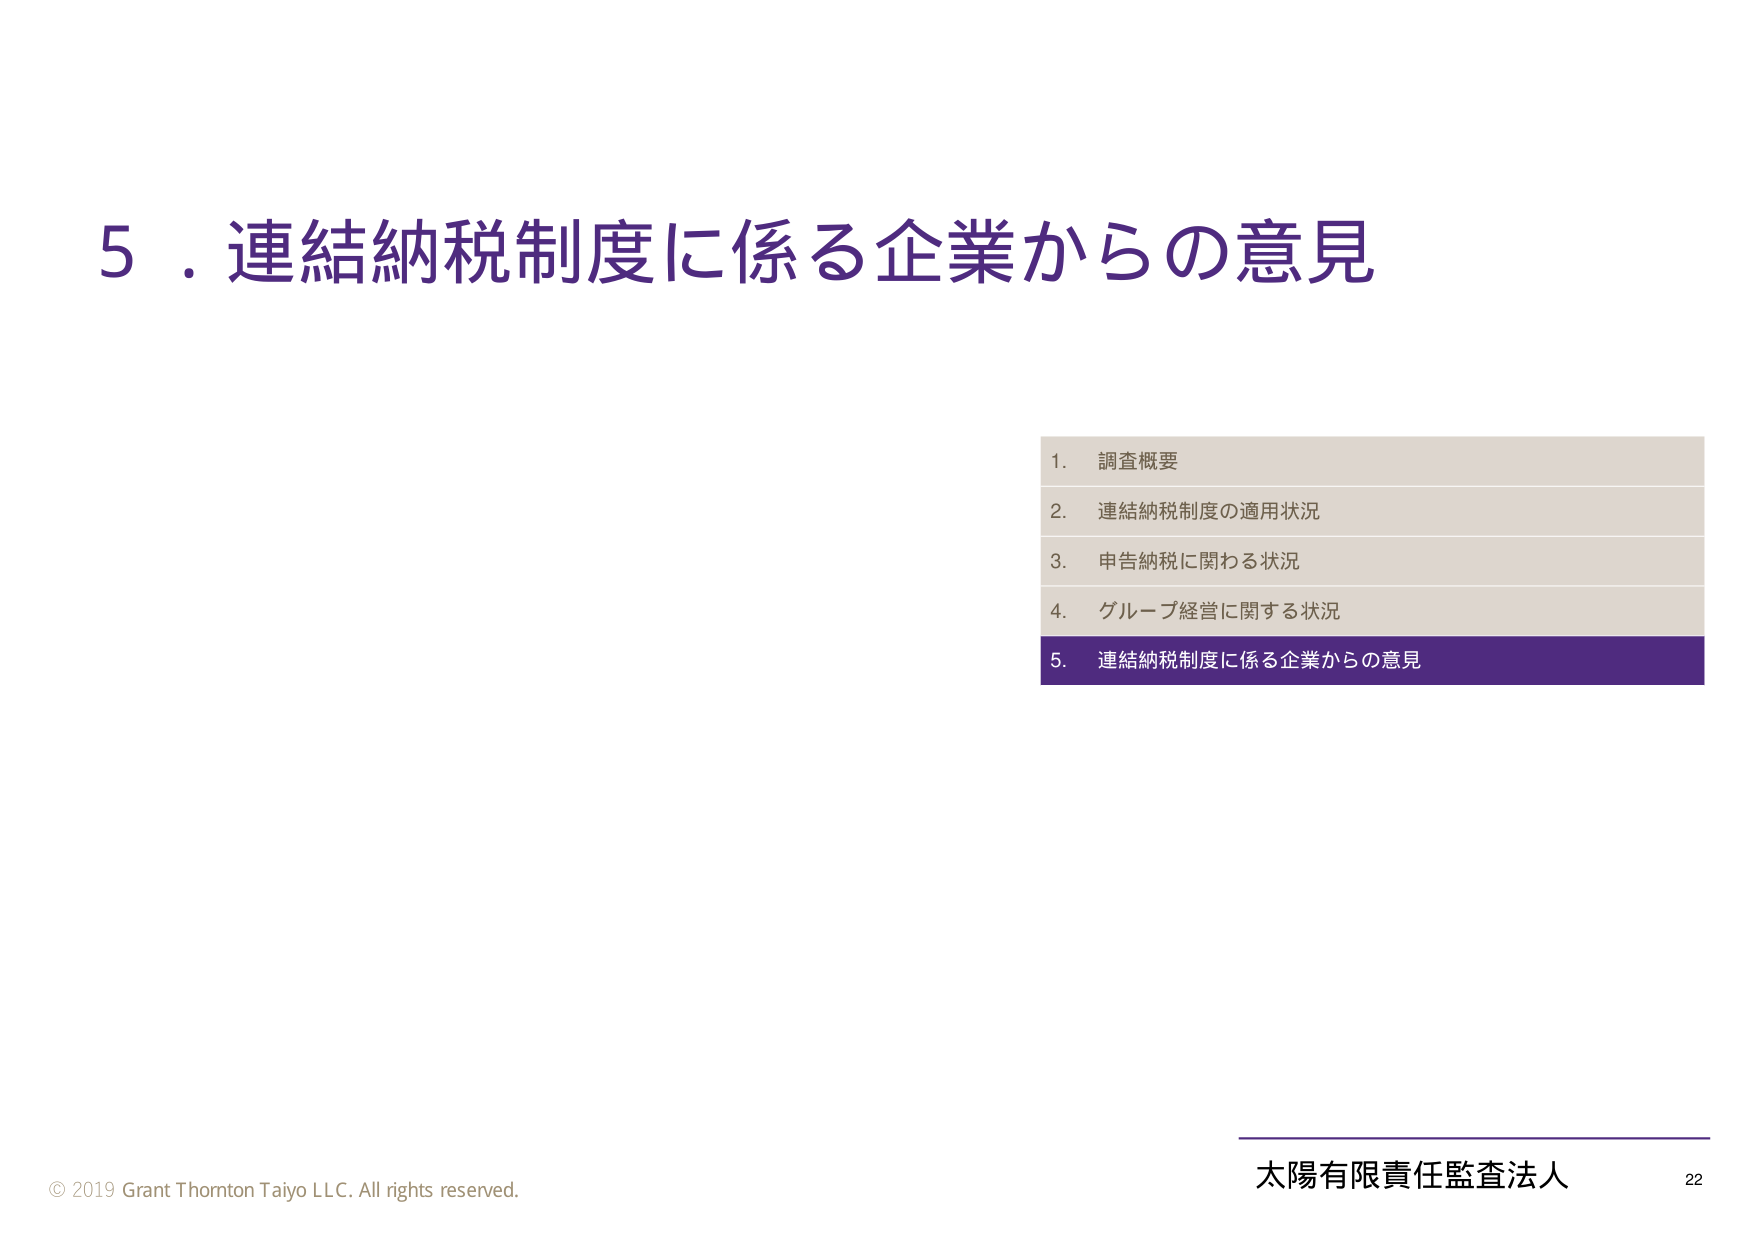
5．連結納税制度に係る企業からの意見

1. 調査概要
2. 連結納税制度の適用状況
3. 申告納税に関わる状況
4. グループ経営に関する状況
5. 連結納税制度に係る企業からの意見

© 2019 Grant Thornton Taiyo LLC. All rights reserved.
太陽有限責任監査法人 22